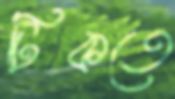
টিকতে